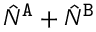
\hat { N } ^ { { \tt A } } + \hat { N } ^ { { \tt B } }